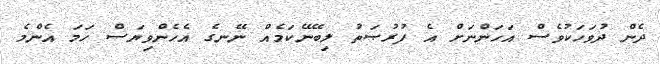
ދެން ދުވަހަކުވެސް އަހަންނަށް އެ ފުރުޞަތު ލިބޭނޭކަމެއް ނޭނގެ އެހެންވިޔަސް ހަމަ އެންމެ